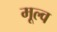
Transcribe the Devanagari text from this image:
मूल्व